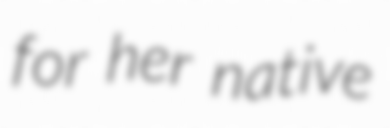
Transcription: for her native